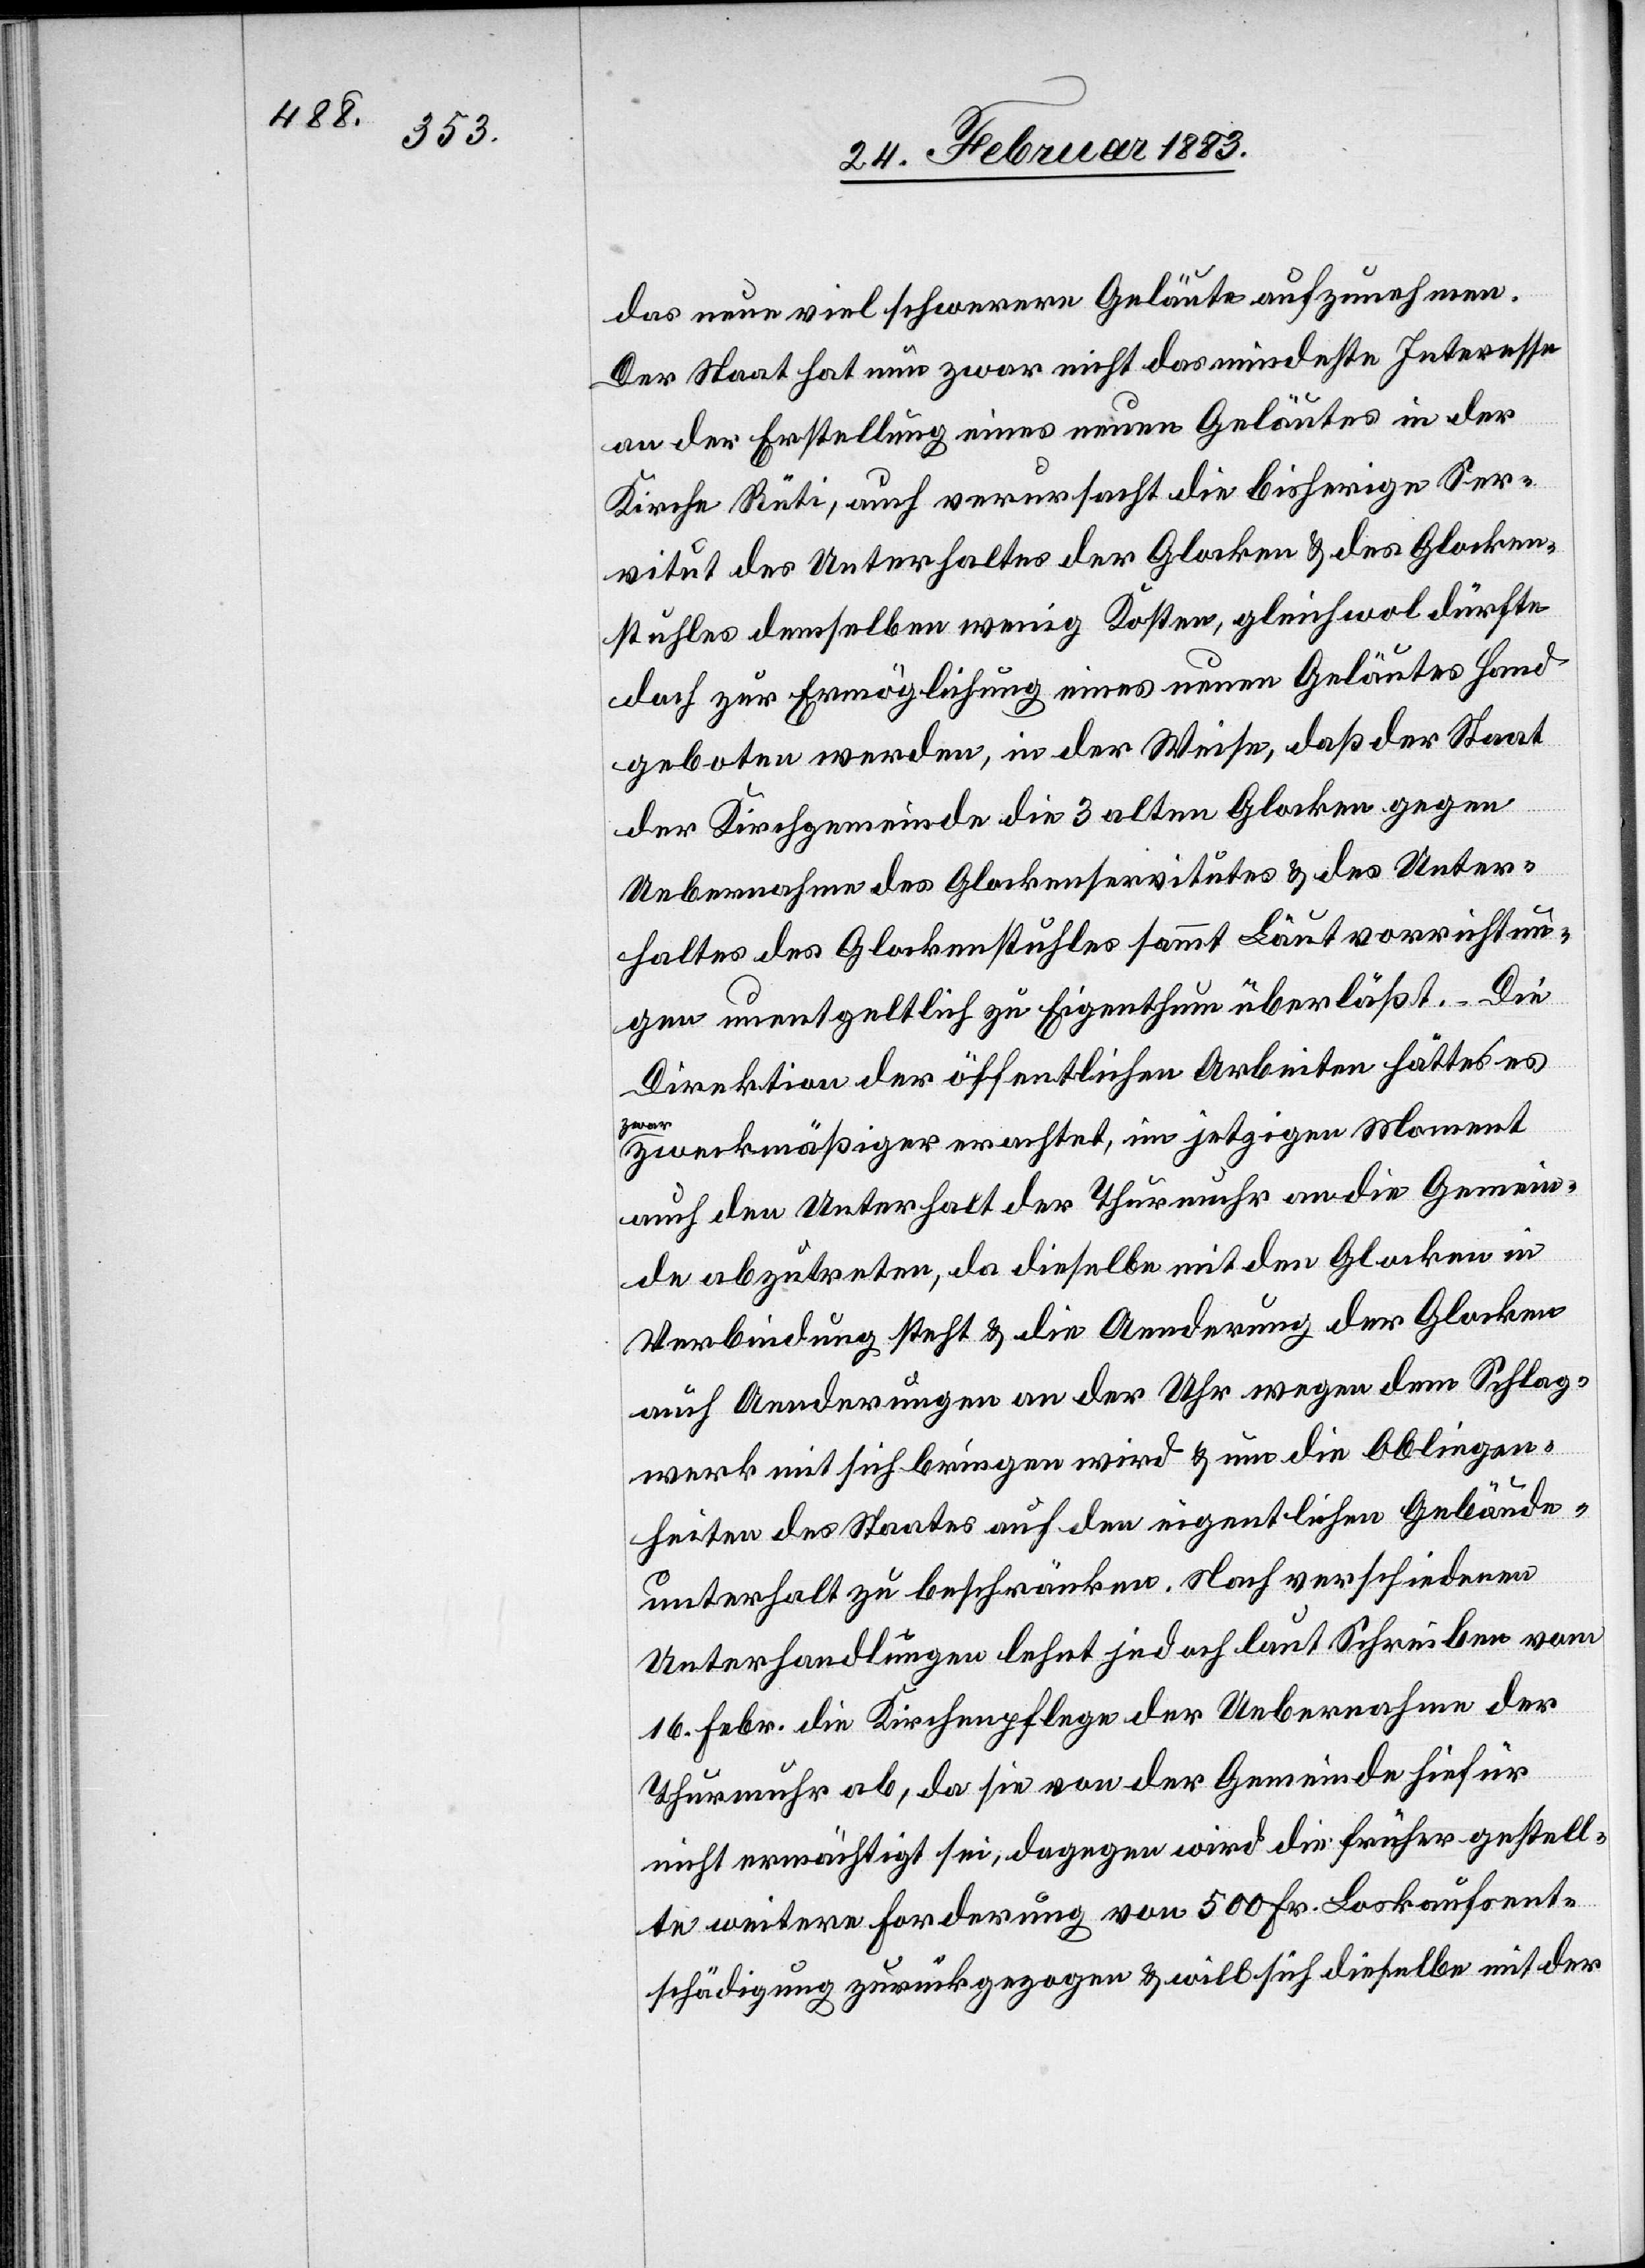
das neue viel schwerere Geläute aufzunehmen.
Der Staat hat nun zwar nicht das mindeste Interesse
an der Erstellung eines neuen Geläutes in der
Kirche Rüti, auch verursacht die bisherige Ser¬
vitut des Unterhaltes der Glocken & des Glocken¬
stuhles demselben wenig Kosten, gleichwol dürfte
doch zur Ermöglichung eines neuen Geläutes Hand
geboten werden, in der Weise, daß der Staat
der Kirchgemeinde die 3 alten Glocken gegen
Uebernahme des Glockenservitutes & des Unter¬
haltes des Glockenstuhles sammt Läutvorrichtun¬
gen unentgeltlich zu Eigenthum überläßt. – Die
Direktion der öffentlichen Arbeiten hätte es
zwar
zweckmäßiger erachtet, im jetzigen Moment
auch den Unterhalt der Turmuhr an die Gemein¬
de abzutreten, da dieselbe mit den Glocken in
Verbindung steht & die Aenderung der Glocken
auch Aenderungen an der Uhr wegen dem Schlag¬
werk mit sich bringen wird & um die Obliegen¬
heiten des Staates auf den eigentlichen Gebäude¬
unterhalt zu beschränken. Nach verschiedenen
Unterhandlungen lehnt jedoch laut Schreiben vom
16. Febr. die Kirchenpflege der [sic!] Uebernahme der
Thurmuhr ab, da sie von der Gemeinde hiefür
nicht ermächtigt sei, dagegen wird die früher gestell¬
te weitere Forderung von 500 Frankreich Loskaufsent¬
schädigung zurückgezogen & will sich dieselbe mit der